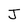
Character: J